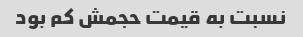
نسبت به قیمت حجمش کم بود